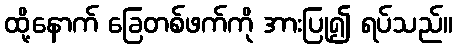
ထို့နောက် ခြေတစ်ဖက်ကို အားပြု၍ ရပ်သည်။